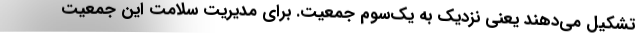
تشکیل می‌دهند یعنی نزدیک به یک‌سوم جمعیت. برای مدیریت سلامت این جمعیت